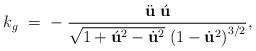
LaTeX: \begin{align*}k_g\;=\;-\; \frac{\ddot{\bf u} \;\acute{\bf u}}{\sqrt{1+{\acute{\bf u}}^{2}-{\dot {\bf u}}^{2}} \;{(1-{\dot{\bf u}}^2)}^{3/2}},\end{align*}